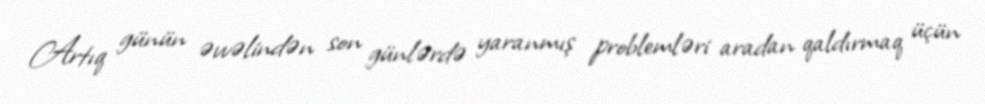
Artıq günün əvvəlindən son günlərdə yaranmış problemləri aradan qaldırmaq üçün